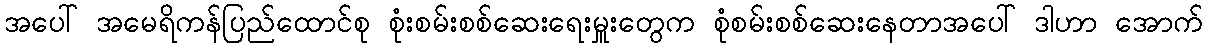
အပေါ် အမေရိကန်ပြည်ထောင်စု စုံးစမ်းစစ်ဆေးရေးမှူးတွေက စုံစမ်းစစ်ဆေးနေတာအပေါ် ဒါဟာ အောက်